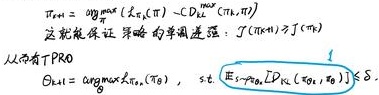
\[
\begin{align*}
\pi_{n+1}&=\arg\max_{\pi}\left(\mathcal{L}_{\pi}(\pi_{n}) - CD_{\text{KL}}^{\max}(\pi,\pi_{n})\right)\\
&\text{这就能保证 策略的单调变强：}\mathcal{J}(\pi_{n+1})\geq\mathcal{J}(\pi_{n})\\
&\text{从而有下式}\\
\pi_{\text{PRO}}&=\arg\max_{\pi_{0}}\mathcal{L}_{\pi_{n}}(\pi_{0}),\quad \text{s.t.}\quad \mathbb{E}_{\pi_{0}}\left[\rho_{\pi_{0}}D_{\text{KL}}\left(\pi_{0},\pi_{n}\right)\right]\leq\delta
\end{align*}
\]